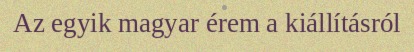
Az egyik magyar érem a kiállításról